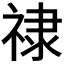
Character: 𫀘